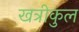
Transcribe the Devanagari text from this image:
खत्रीकुल